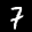
Label: 7